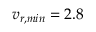
v _ { r , m i n } = 2 . 8